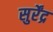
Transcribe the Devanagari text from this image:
सुर्रेंद्र